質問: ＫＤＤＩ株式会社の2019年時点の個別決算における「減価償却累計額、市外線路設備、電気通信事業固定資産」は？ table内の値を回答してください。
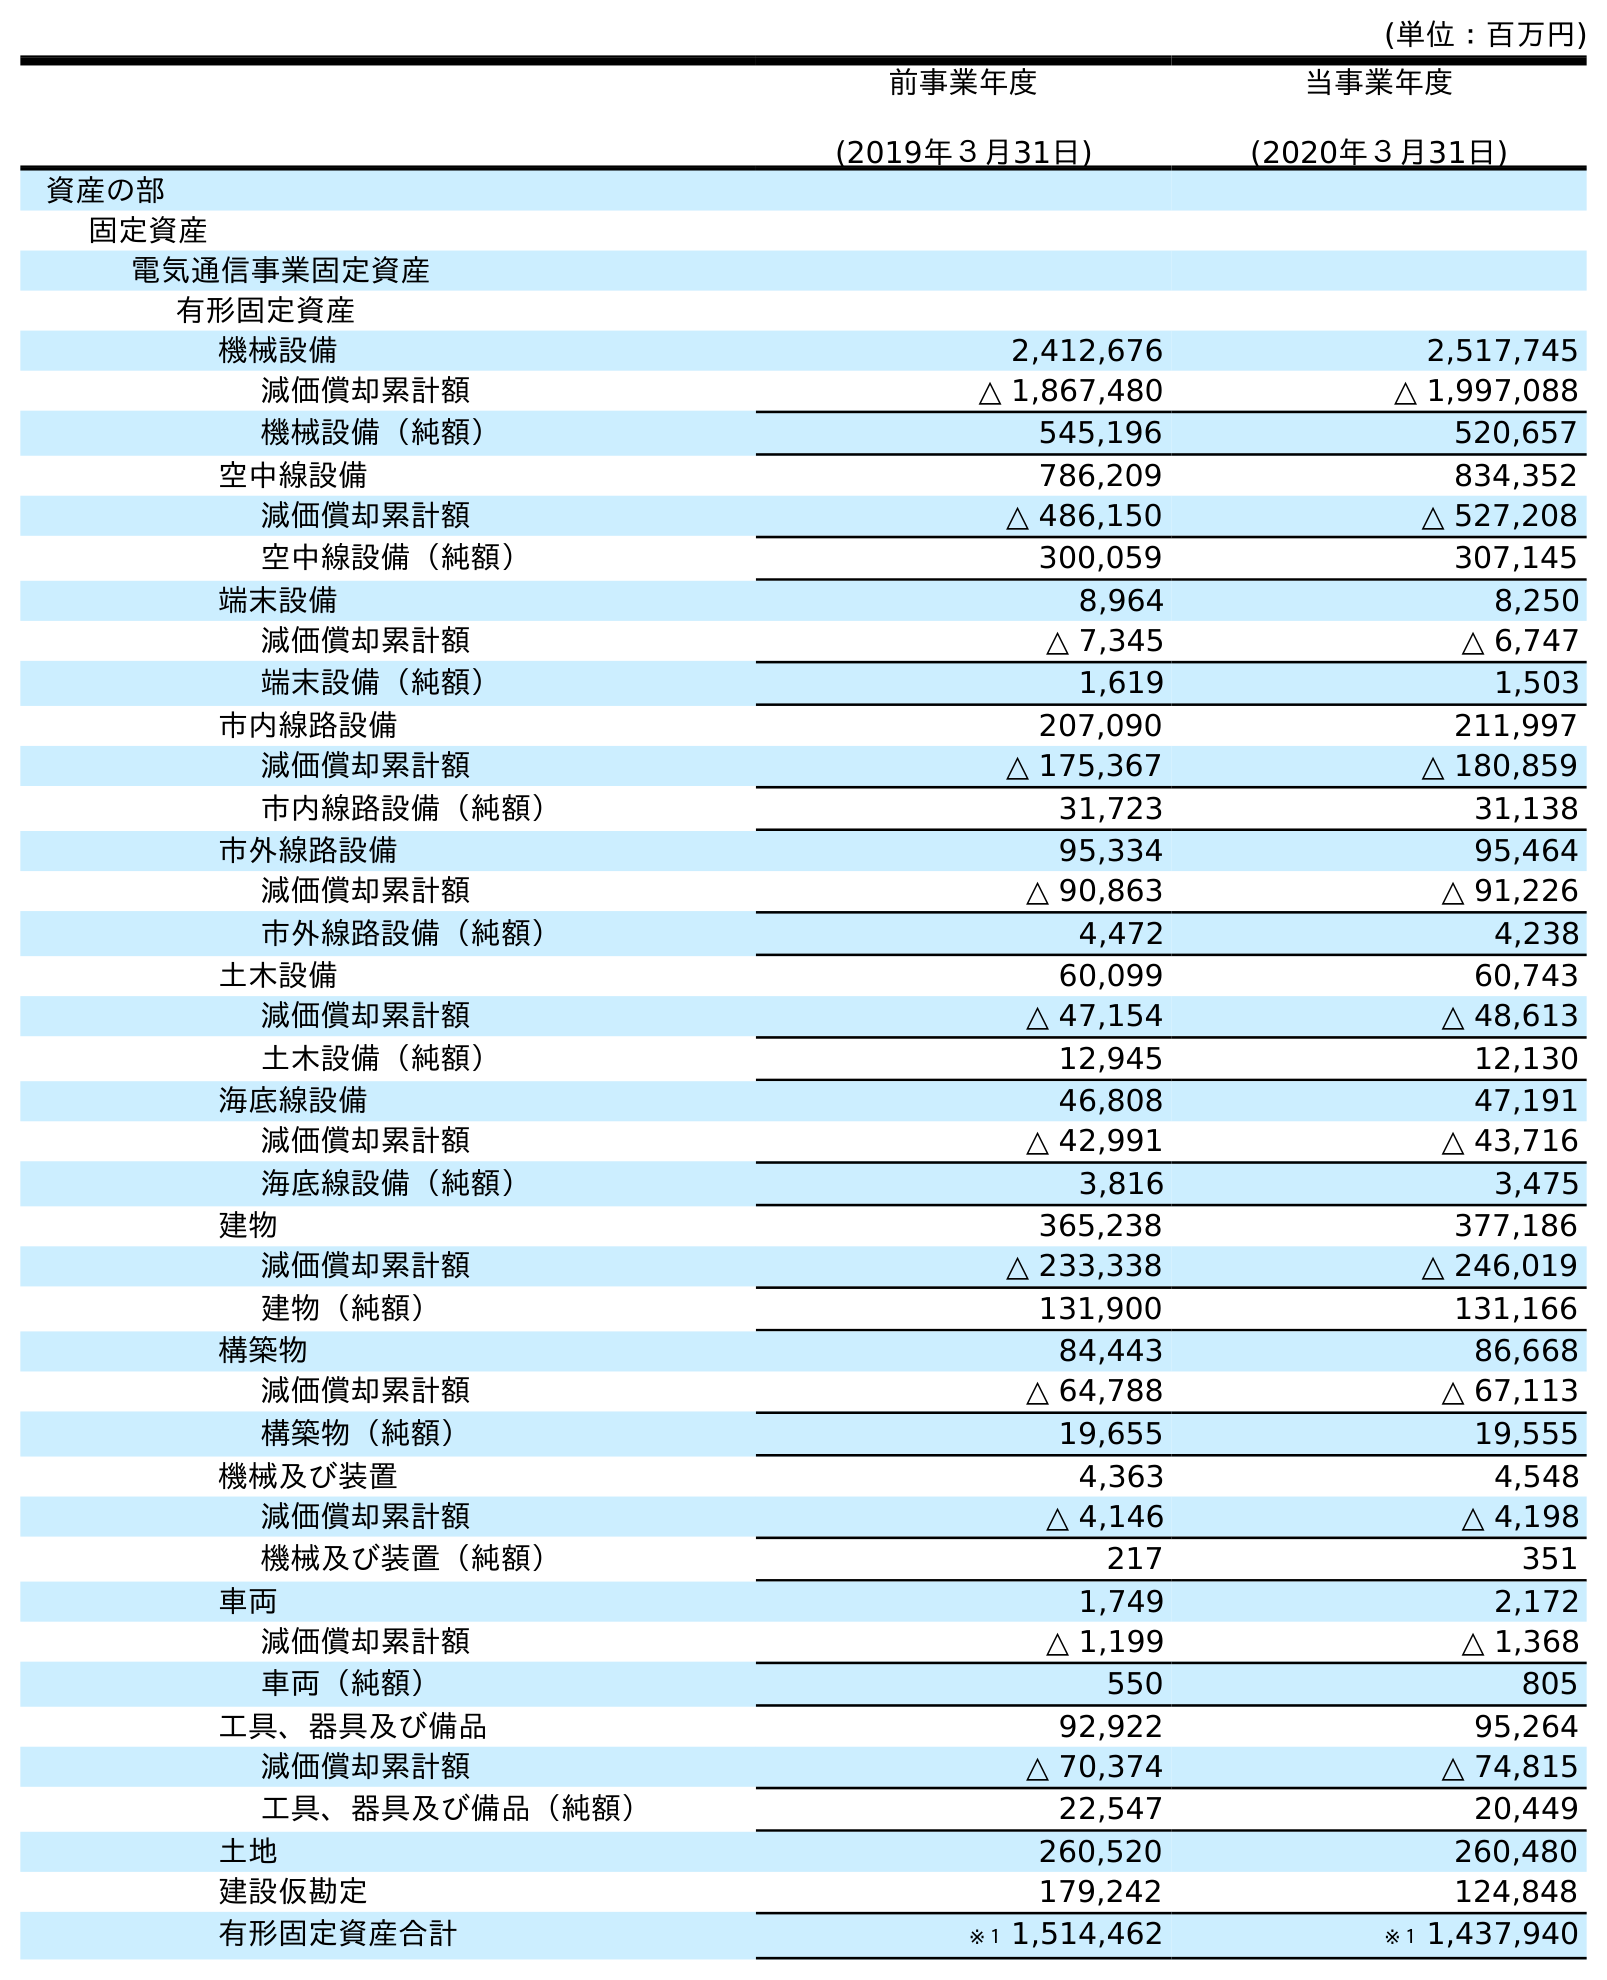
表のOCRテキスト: (単位：百万円) 前事業年度 (2019年３月31日) 当事業年度 (2020年３月31日) 資産の部 固定資産 電気通信事業固定資産 有形固定資産 機械設備 2,412,676 2,517,745 減価償却累計額 △ 1,867,480 △ 1,997,088 機械設備（純額） 545,196 520,657 空中線設備 786,209 834,352 減価償却累計額 △ 486,150 △ 527,208 空中線設備（純額） 300,059 307,145 端末設備 8,964 8,250 減価償却累計額 △ 7,345 △ 6,747 端末設備（純額） 1,619 1,503 市内線路設備 207,090 211,997 減価償却累計額 △ 175,367 △ 180,859 市内線路設備（純額） 31,723 31,138 市外線路設備 95,334 95,464 減価償却累計額 △ 90,863 △ 91,226 市外線路設備（純額） 4,472 4,238 土木設備 60,099 60,743 減価償却累計額 △ 47,154 △ 48,613 土木設備（純額） 12,945 12,130 海底線設備 46,808 47,191 減価償却累計額 △ 42,991 △ 43,716 海底線設備（純額） 3,816 3,475 建物 365,238 377,186 減価償却累計額 △ 233,338 △ 246,019 建物（純額） 131,900 131,166 構築物 84,443 86,668 減価償却累計額 △ 64,788 △ 67,113 構築物（純額） 19,655 19,555 機械及び装置 4,363 4,548 減価償却累計額 △ 4,146 △ 4,198 機械及び装置（純額） 217 351 車両 1,749 2,172 減価償却累計額 △ 1,199 △ 1,368 車両（純額） 550 805 工具、器具及び備品 92,922 95,264 減価償却累計額 △ 70,374 △ 74,815 工具、器具及び備品（純額） 22,547 20,449 土地 260,520 260,480 建設仮勘定 179,242 124,848 有形固定資産合計 ※１ 1,514,462 ※１ 1,437,940
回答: △90,863